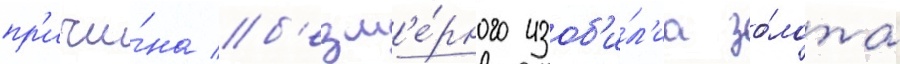
пр'ичи́на б'езм'е́рного изоб'и́л'иа зо́лота